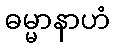
ဓမ္မာနာဟံ